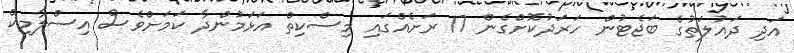
އަދި ދައުލަތުގެ ބަޖެޓުން ހަރަދުކޮށްގެން 17 ރަށެއްގައި މިސްކިތް އަޅަމުންދާ ކަމަށްވެސް އިސްލާމިކް